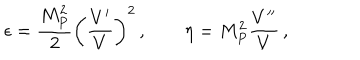
\epsilon = \frac { M _ { P } ^ { 2 } } { 2 } \left( \frac { V ^ { \prime } } { V } \right) ^ { 2 } \, , \qquad \eta = M _ { P } ^ { 2 } \frac { V ^ { \prime \prime } } { V } \, ,